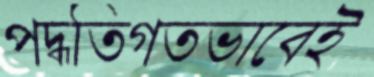
পদ্ধতিগতভাবেই